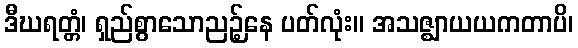
ဒီဃရတ္တံ၊ ရှည်စွာသောညဉ့်နေ ပတ်လုံး။ အသဇ္ဈာယယကတာပိ၊